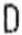
D